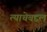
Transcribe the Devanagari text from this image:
त्याचेबद्दल